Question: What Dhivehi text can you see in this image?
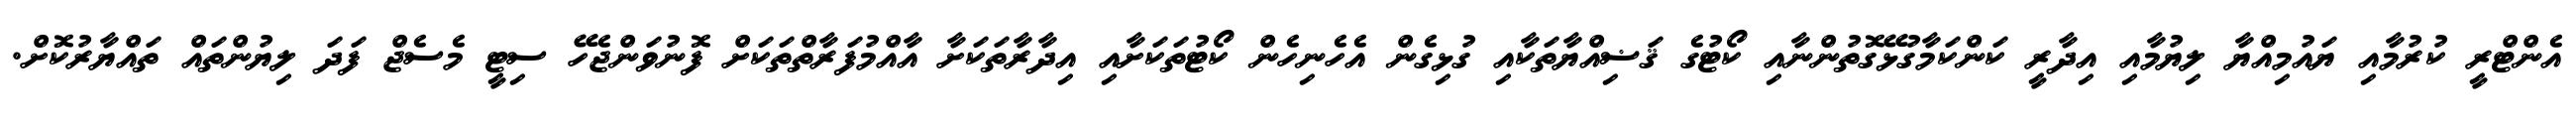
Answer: އެންޓްރީ ކުރުމާއި ޔައުމިއްޔާ ލިޔުމާއި އިދާރީ ކަންކަމާގުޅޭގޮތުންނާއި ކޯޓުގެ ޤަޟިއްޔާތަކާއި ގުޅިގެން އެހެނިހެން ކޯޓުތަކަށާއި އިދާރާތަކަށާ އާއްމުފަރާތްތަކަށް ފޮނުވަންޖެހޭ ސިޓީ މެސެޖް ފަދަ ލިޔުންތައް ތައްޔާރުކޮށް.